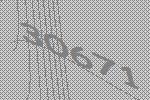
30671